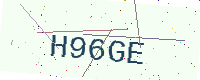
Text: H96GE